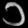
Digit: ၁